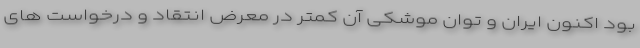
بود اکنون ایران و توان موشکی آن کمتر در معرض انتقاد و درخواست های